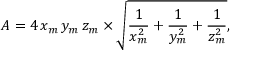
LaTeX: A = 4 \, x _ { m } \, y _ { m } \, z _ { m } \times { \sqrt { { \frac { 1 } { x _ { m } ^ { 2 } } } + { \frac { 1 } { y _ { m } ^ { 2 } } } + { \frac { 1 } { z _ { m } ^ { 2 } } } } } ,